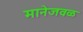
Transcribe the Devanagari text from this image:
मानेजवळ